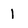
Character: 1